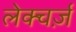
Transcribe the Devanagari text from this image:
लेक्चर्ज़